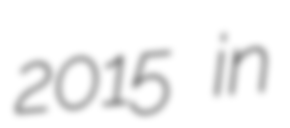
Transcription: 2015 in